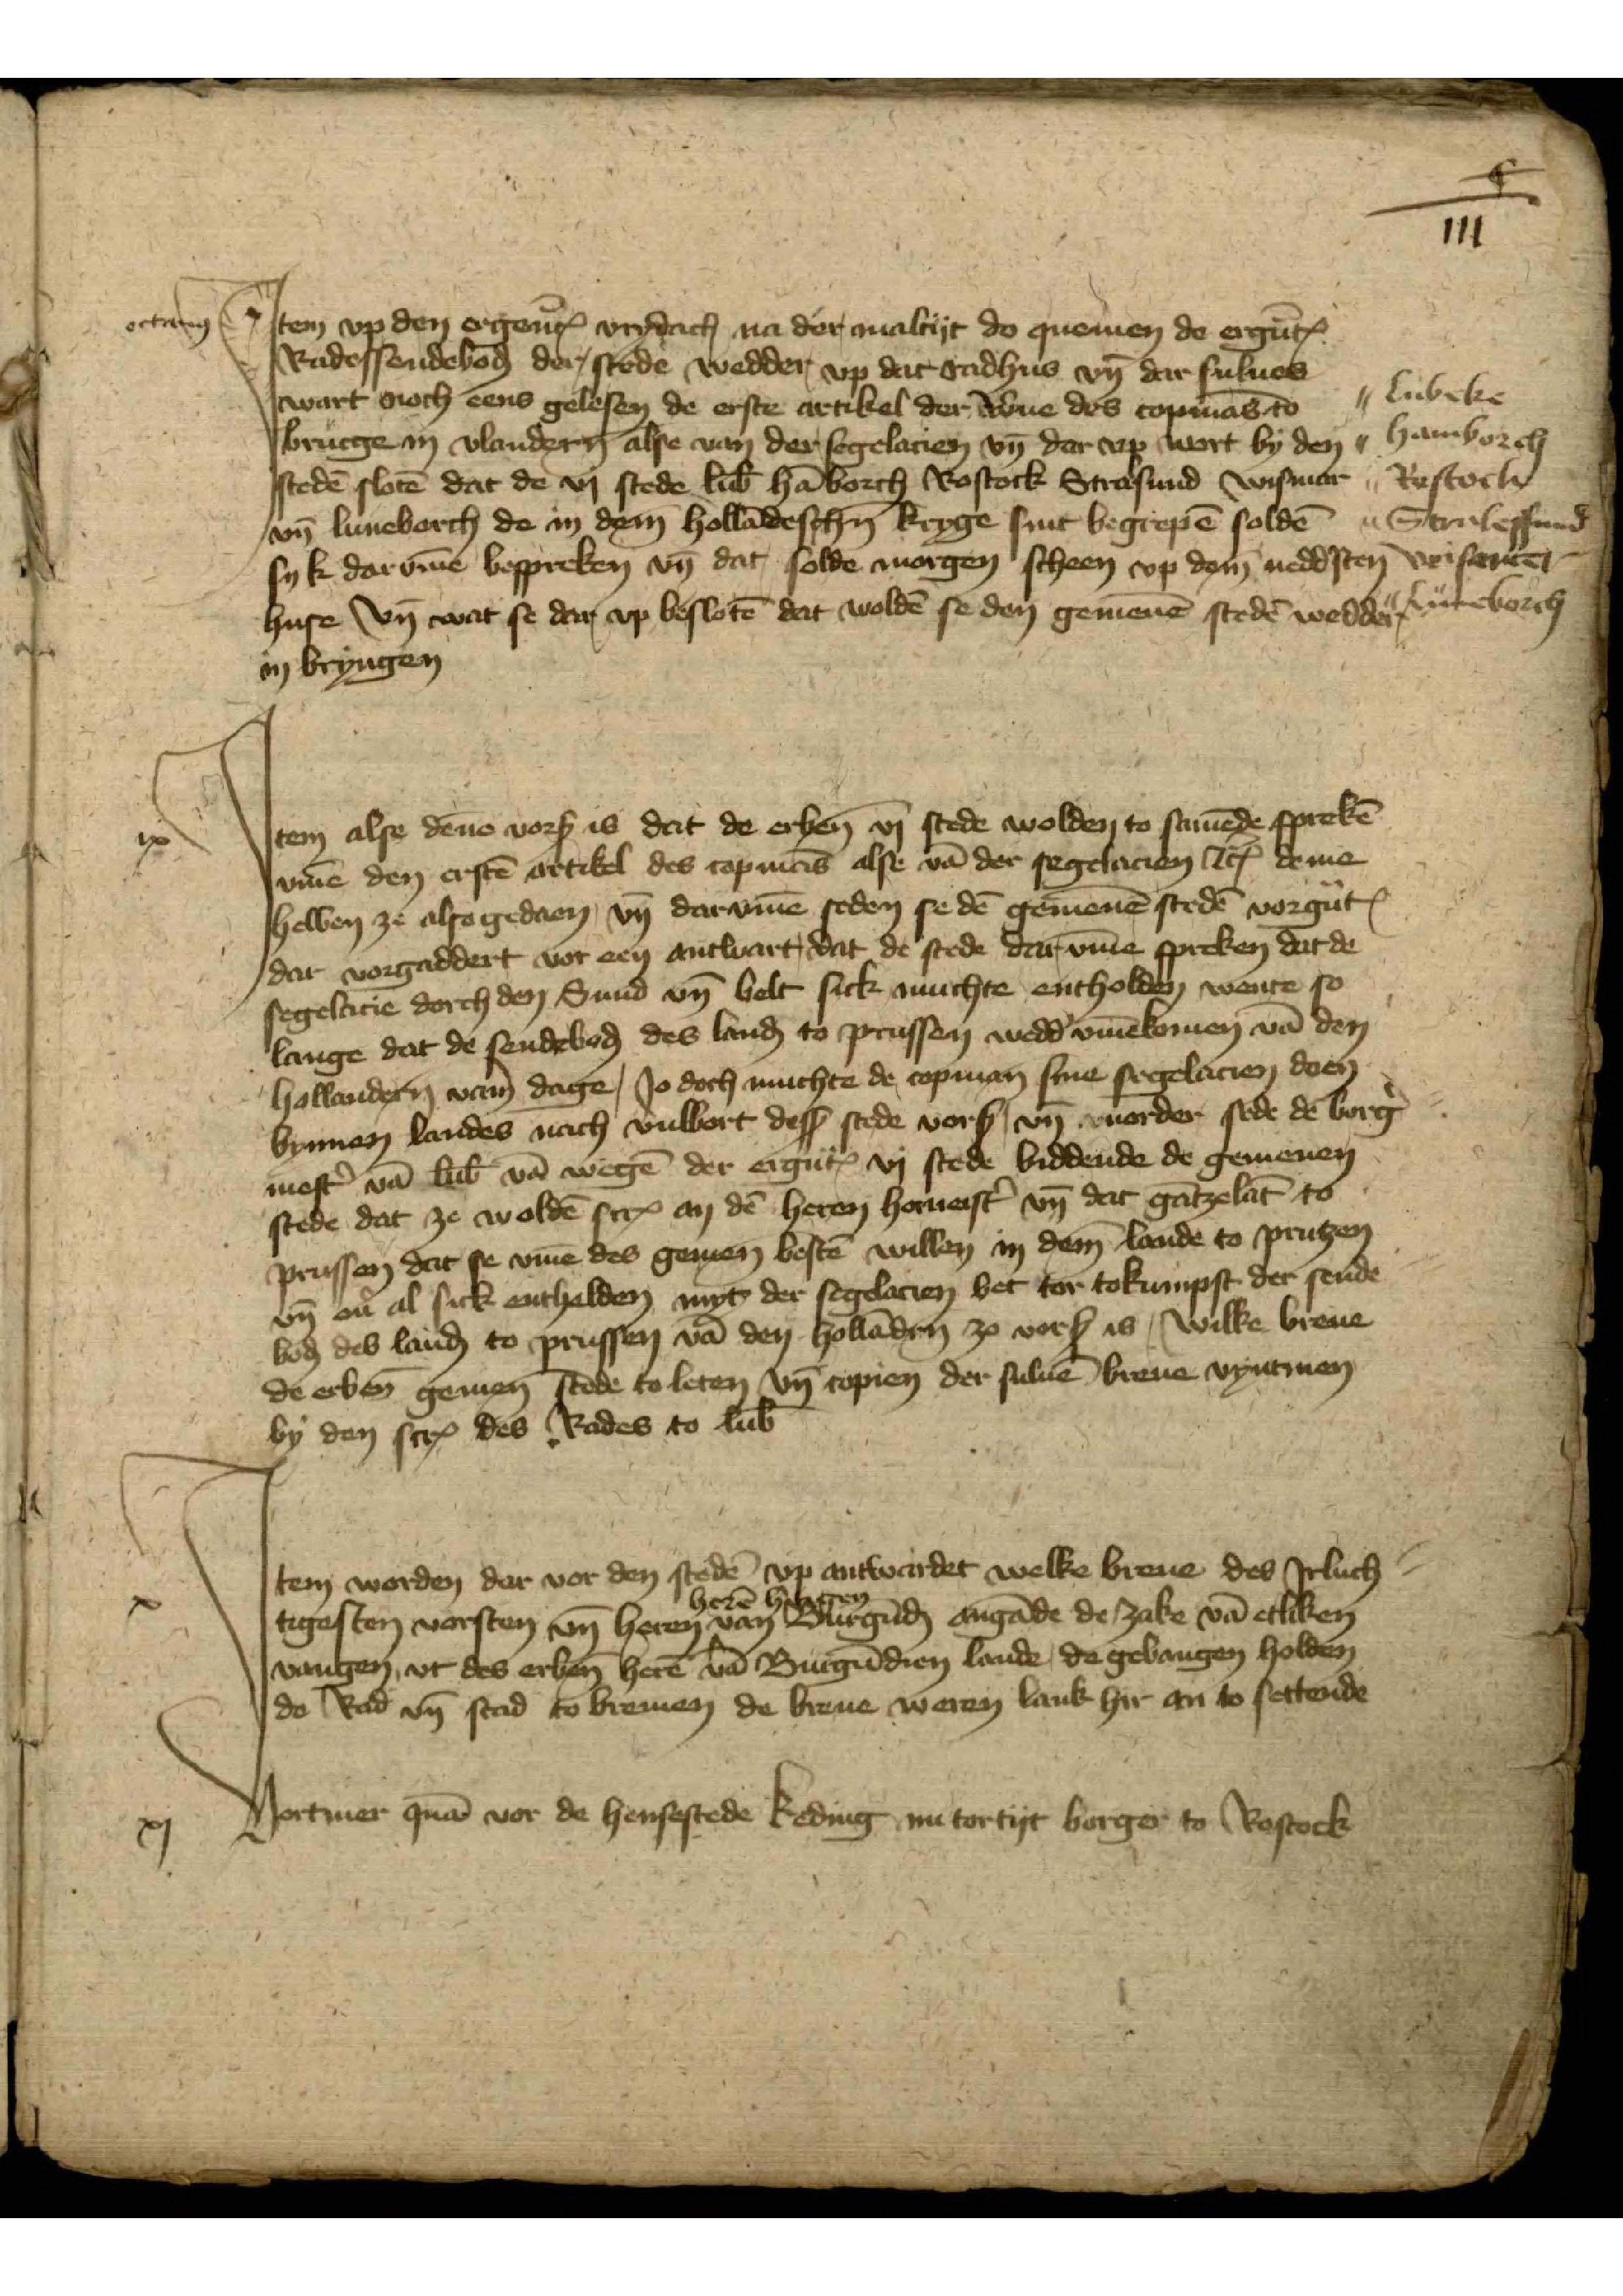
iii

iii

octauius

J

Jtem vpp den ergenomed vrydach na der maltyt do quemen de ergenomden
Radessendeboden der, stede wedder, vp dat Radhus vnd dar sulues
wart noch eens gelesen de erste artikel der w̉erue des copmans to 
Brucge in Vlandern alse van der segelacien vn̄ dar vp wort by den
steden sloten dat de vj stede Lubek Hāborch Rostock Stralsund Wismar
vn̄ Luneborch de in deme Hollandeschen kryge sind begrepen solden
syk dar vmme bespreken vn dat solde morgen scheen vp dem neddsten
huse vnd wart se dar vp besloten dat wolden se den gemenen steden wedder
in bryngen

G
i

J
segese dorch den Sud vn̄ bot sick machte entholden wente so

Jtem alse dēne vorß ist da de erben̄ vj stede wolden to samēde sprekē
vme den erstē artikel des copmās alse vā der segelacien etꝬ deme
hebben ze also gedaen, vn̄ dar v̄me seden se dē gemenē stede vorgn̄Ꝭ 
dar vorgaddert vor een antwart, dat de stede dar v̄me spreken dat de
segelacie dorch den Sund vn̄ helt sick muchte entholden wente so
lange dat de sendeboḑ des lanḑ to Prussen wedd̉ v̄me komen vā den
Hollander̉n vam dage, Jo doch muchte de copman sine segelacien doen
bynnen landes nach vulbort desß stede vorß vn̄ uorder stede de borg̉¬
mest̉ vā Lub̄ vā wegē der ergn̄Ꝭ vj stede biddende de gemenen
stede dat ze woldē scrꝬ an dē heren homest̉ vn dar gātzelāt
prussen dat se v̄me des gemen̄ lestē willen in dem lande to Prutzen
vn̄ oủ al sick entholden myt der segelacien bet tor tokumpst der sende
boḑ  des lanḑ to prussen vā den Hollādern zo vorß is, Wilke breue
de erben̄ gemenē stede to leten vn̄ copien der suluē breue vyntmen
by den scrꝬ des Rades to Lub̄

ix

J

Jtem worden dar vor den stedē vp anwordet welke breue, des Jrluch¬
tegesten vorsten vn̄ heren herē Hergen van Burgūḑ angāde de zake vā etliken
vangen, vt des erben̄ herē vā Burgūdien lande de gevangen holden
de Rad vn̄ std to Bremen de breue weren lank hir an to settende

x

Vortmer quā vor de hensestede Keding nu tor tyt borger to Rostock

xi